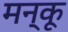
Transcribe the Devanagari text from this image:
मन्कू